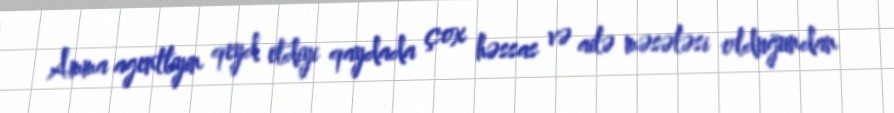
Amma agentliyin qeyd etdiyi qaydada çox həssas və ailə məsələsi olduğundan